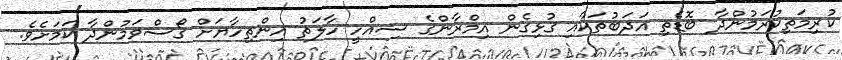
ކުރިމަތިކުރަމުންދާ ބޮޑެތި އަދަބުތަކާއި ގުޅިގެން އިމްރާންގެ ސިއްހީ ހާލަތު އިންތިހާޔަށް ގޯސްވަމުންދާ ކަމަށެވެ.